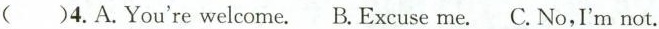
( )4.A.You're welcome. B. Excuse me. C. No, I'm not.